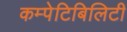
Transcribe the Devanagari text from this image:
कम्पेटिबिलिटी